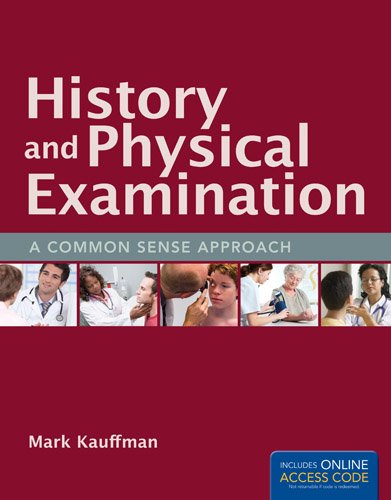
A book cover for History And Physical Examination: A Common Sense Approach; Mark Kauffman; Medical Books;